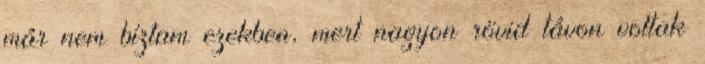
már nem bíztam ezekben, mert nagyon rövid távon voltak